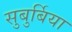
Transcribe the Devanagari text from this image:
सुबुर्बिया